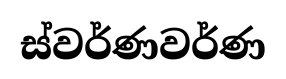
ස්වර්ණවර්ණ